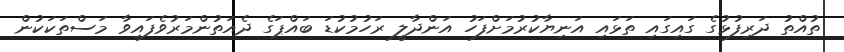
ތުއްތު ދަރިފުޅުގެ ގައިގައި ތަޅައި އަނިޔާކުރުމަށްފަހު އަންދާލީ ރަހުމުކުޑަ ބައްޕަގެ ދެއަތުންމަރުވެފައިވާ މަސްތަކަކުން